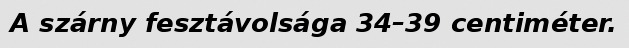
A szárny fesztávolsága 34–39 centiméter.